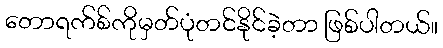
တောရက်စ်ကိုမှတ်ပုံတင်နိုင်ခဲ့တာ ဖြစ်ပါတယ်။